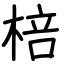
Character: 棓